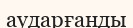
аударғанды